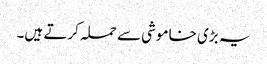
یہ بڑی خاموشی سے حملہ کرتے ہیں۔